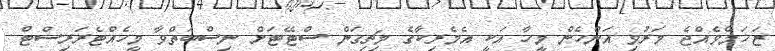
ޒަޚަމްވެއްޖެ މަރުވި އަންހެން މީހާ އަކީ އެމެރިކާގެ މިޗިގަން ސްޓޭޓަށް ނިސްބަތްވާ މީހެއްޓެރަރިސްޓް